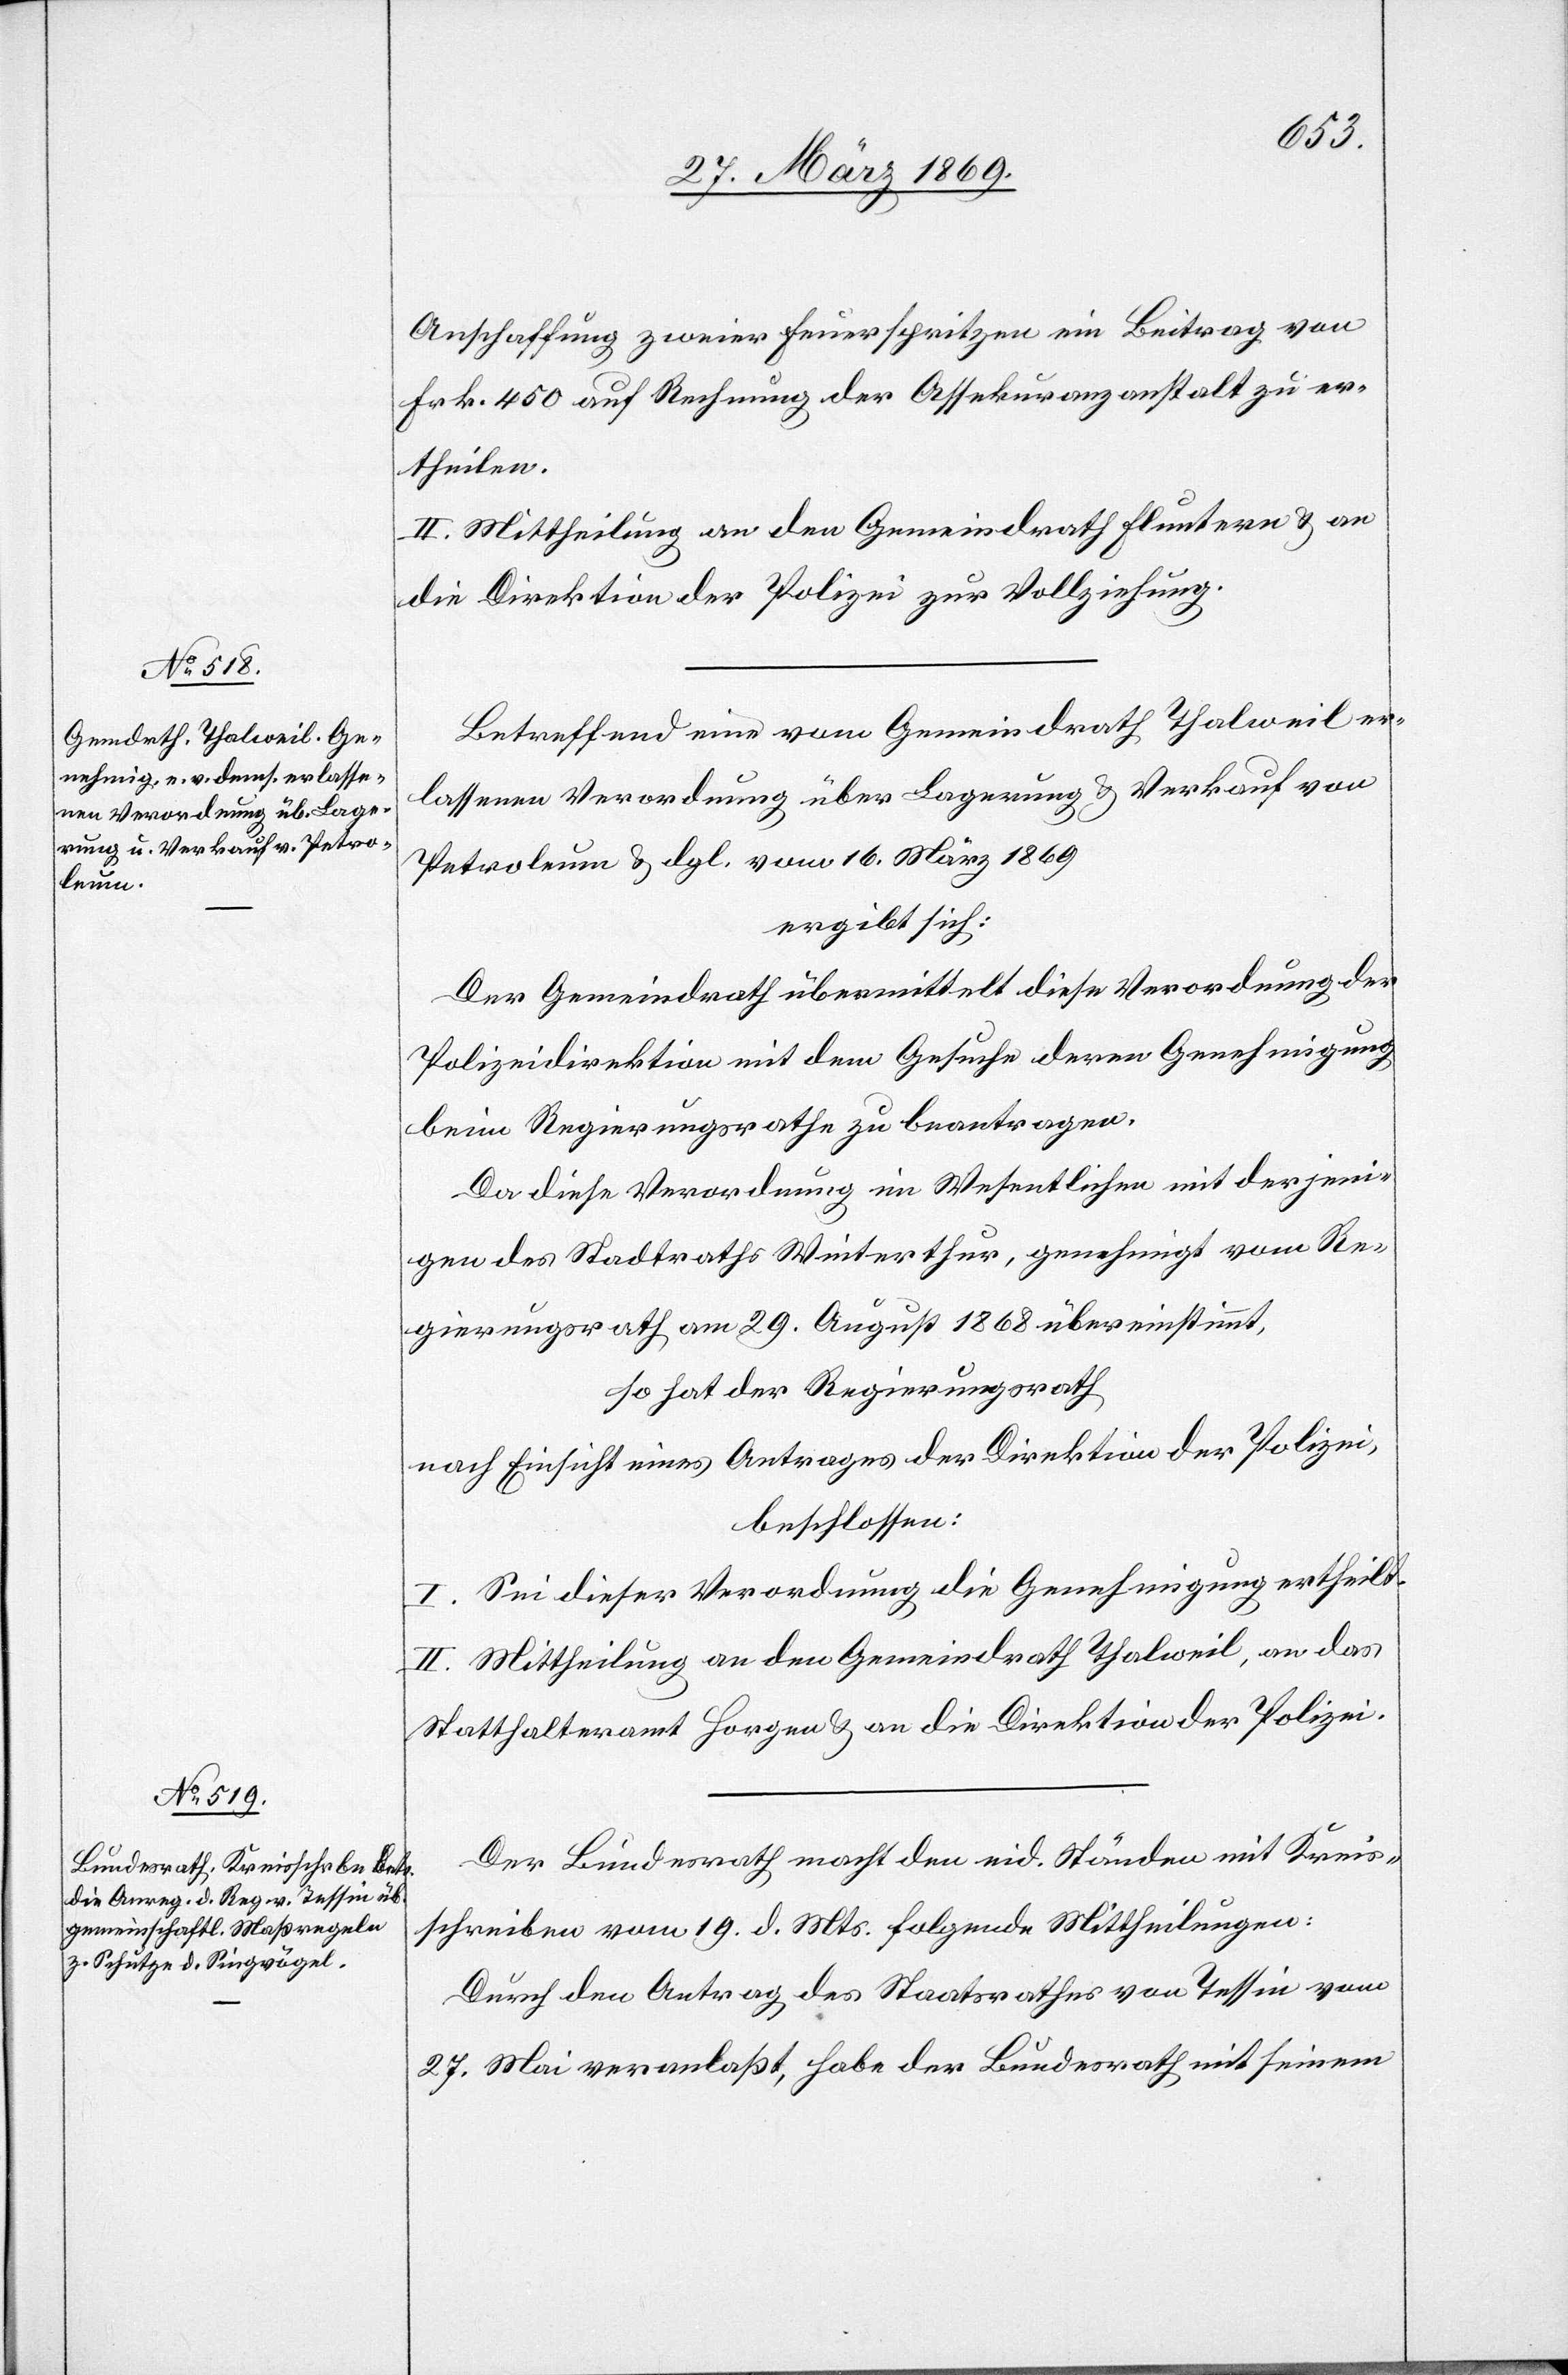
Anschaffung zweier Feuerspritzen ein Beitrag von
Frk. 450 auf Rechnung der Assekuranzanstalt zu er¬
theilen.
II. Mittheilung an den Gemeindrath Fluntern u. an
die Direktion der Polizei zur Vollziehung.
Betreffend eine vom Gemeindrathe Thalweil er¬
lassenen Verordnung über Lagerung u. Verkauf von
Petroleum u. dgl. vom 16. März 1869.
ergibt sich:
Der Gemeindrath übermittelt diese Verordnung der
Polizeidirektion mit dem Gesuche deren Genehmigung
beim Regierungsrathe zu beantragen.
Da diese Verordnung im Wesentlichen mit derjeni¬
gen des Stadtraths Winterthur genehmigt vom Re¬
gierungsrathe am 29. August 1868 übereinstimmt,
so hat der Regierungsrath,
nach Einsicht eines Antrages der Direktion der Polizei,
beschlossen:
I. Sei dieser Verordnung die Genehmigung ertheilt.
II. Mittheilung an den Gemeindrath Thalweil, an das
Statthalteramt Horgen u. an die Direktion der Polizei.
Der Bundesrath macht den eid. Ständen mit Kreis¬
schreiben vom 19. d. Mts. folgende Mittheilungen:
Durch den Antrag des Staatsrathes von Tessin vom
27. Mai veranlaßt, habe der Bundesrath mit seinem